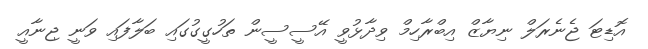
އޮޑިޓަ ޖެނެރަލް ނިޔާޒް އިބްރާހިމް ވިދާޅުވީ އޭސީސީން ތަހުގީގުގައި ބަލާފައި ވަނީ ޖިނާއީ